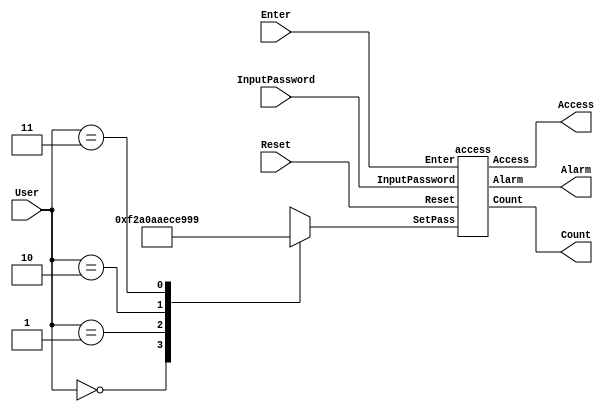
// Code your design here
module users(Reset, User, InputPassword, Enter, Access, Count, Alarm);
input Reset, Enter;
input [1:0] User;
input [11:0] InputPassword;
output Access, Alarm;
output [1:0] Count;
reg [11:0] SetPass;
always @ (*)
begin
case(User)
	2'b00: SetPass=12'hf2a;
	2'b01: SetPass=12'h0aa;
	2'b10: SetPass=12'hece;
	2'b11: SetPass=12'h999;
endcase
end
access a(Reset, SetPass, InputPassword, Enter, Access, Count, Alarm);
endmodule

module access (Reset, SetPass, InputPassword, Enter, Access, Count, Alarm);
input Reset, Enter;
input [11:0] SetPass, InputPassword;
output Access, Alarm;
output [1:0] Count;
wire Check1,Check2,Check3,Check;
comparator_4bit c1(SetPass[3:0],InputPassword[3:0],Check1);
comparator_4bit c2(SetPass[7:4],InputPassword[7:4],Check2);
comparator_4bit c3(SetPass[11:8],InputPassword[11:8],Check3);
and a1(Check,Check1,Check2,Check3);
modN_ctr Counter (Enter, !Check, Reset, Count, Access, Alarm);
endmodule

module comparator_4bit(A, B, Equal);
input [3:0] A;
input [3:0] B;
output reg Equal;
always @(A or B)
begin
if(A == B)
Equal = 1;
else
Equal=0;
end
endmodule

module modN_ctr (clk, E, rstn, cnt, Access, Alarm);
parameter N=4;
input clk, rstn, E;
output reg Access, Alarm;
output reg [1:0]cnt;
initial cnt=0;
always @ (posedge clk, posedge rstn)
if (rstn) begin
Alarm <= 0;
cnt <= 0;
Access<=0;
end
else if (E & cnt==N-2) begin
Access<= 0;
Alarm <= 1;
cnt <= cnt + 1; end
else if (cnt == N-1) begin
Access <= 0;
Alarm <= 1; end
else if (E) begin
cnt <= cnt + 1;
Access <= 0;
Alarm <= 0; end
else begin
cnt <= 0;
Access <= 1;
Alarm <= 0;
end
endmodule